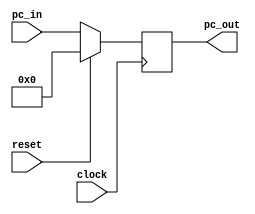
`timescale 1ns / 1ps
//////////////////////////////////////////////////////////////////////////////////
// Company: 
// Engineer: 
// 
// Design Name: 
// Module Name:    pc 
// Project Name: 
// Target Devices: 
// Tool versions: 
// Description: 
//
// Dependencies: 
//
// Revision: 
// Revision 0.01 - File Created
// Additional Comments: 
//
//////////////////////////////////////////////////////////////////////////////////
`timescale 1ns/1ps
module Program_Counter(
    input clock,
    input reset,
    input [31:0] pc_in,
    output reg [31:0] pc_out
	 );
always @(posedge clock)
begin
    if(reset==1'b0)
        begin
		   pc_out =pc_in;
        end
    else 
        begin
            pc_out =0;
        end
end
endmodule